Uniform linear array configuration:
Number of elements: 12
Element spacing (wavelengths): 0.75
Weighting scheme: cosine
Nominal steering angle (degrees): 60
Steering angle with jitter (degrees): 59.334
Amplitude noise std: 0.05
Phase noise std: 0.05

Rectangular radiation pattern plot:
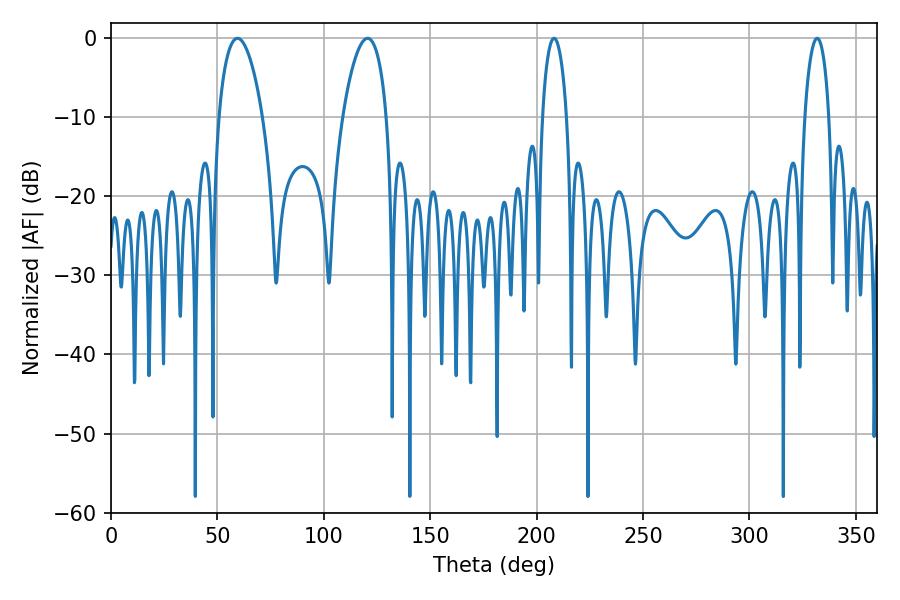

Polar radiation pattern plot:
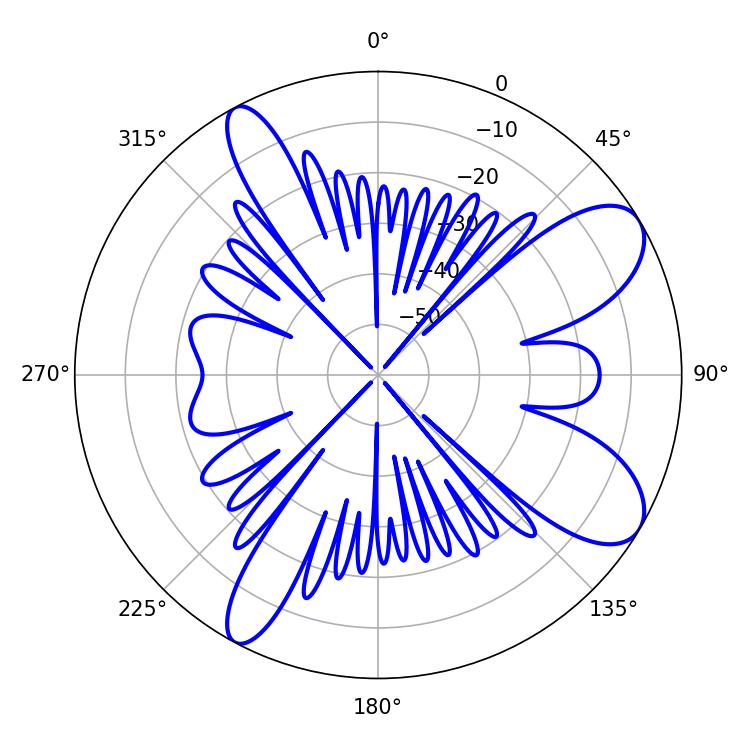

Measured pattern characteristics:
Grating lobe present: TRUE
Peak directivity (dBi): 8.937
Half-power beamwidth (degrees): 11.52
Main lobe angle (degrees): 59.4